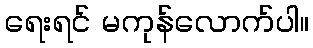
ရေးရင် မကုန်လောက်ပါ။